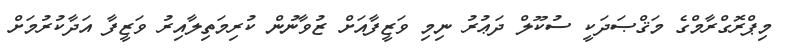
މިޕްރޮގްރާމްގެ މަޤްޞަދަކީ ސުކޫލް ދަޢުރު ނިމި ވަޒީފާއަށް ޒުވާނުން ކުރިމަތިލާއިރު ވަޒީފާ އަދާކުރުމަށް